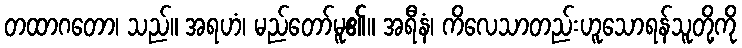
တထာဂတော၊ သည်။ အရဟံ၊ မည်တော်မူ၏။ အရီနံ၊ ကိလေသာတည်းဟူသောရန်သူတို့ကို